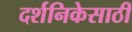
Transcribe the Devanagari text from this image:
दर्शनिकेसाठी